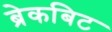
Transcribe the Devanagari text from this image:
ब्रेकबिट